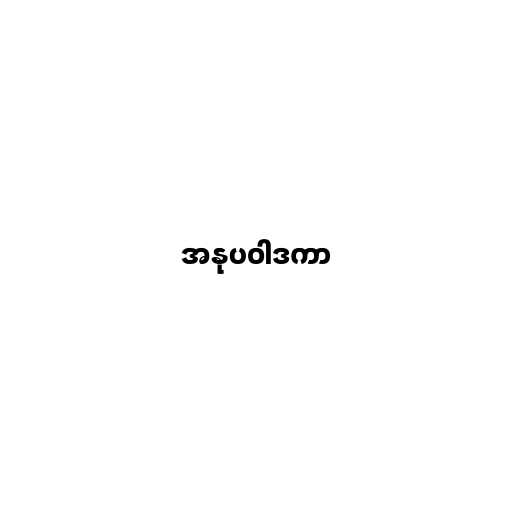
အနုပဝါဒကာ